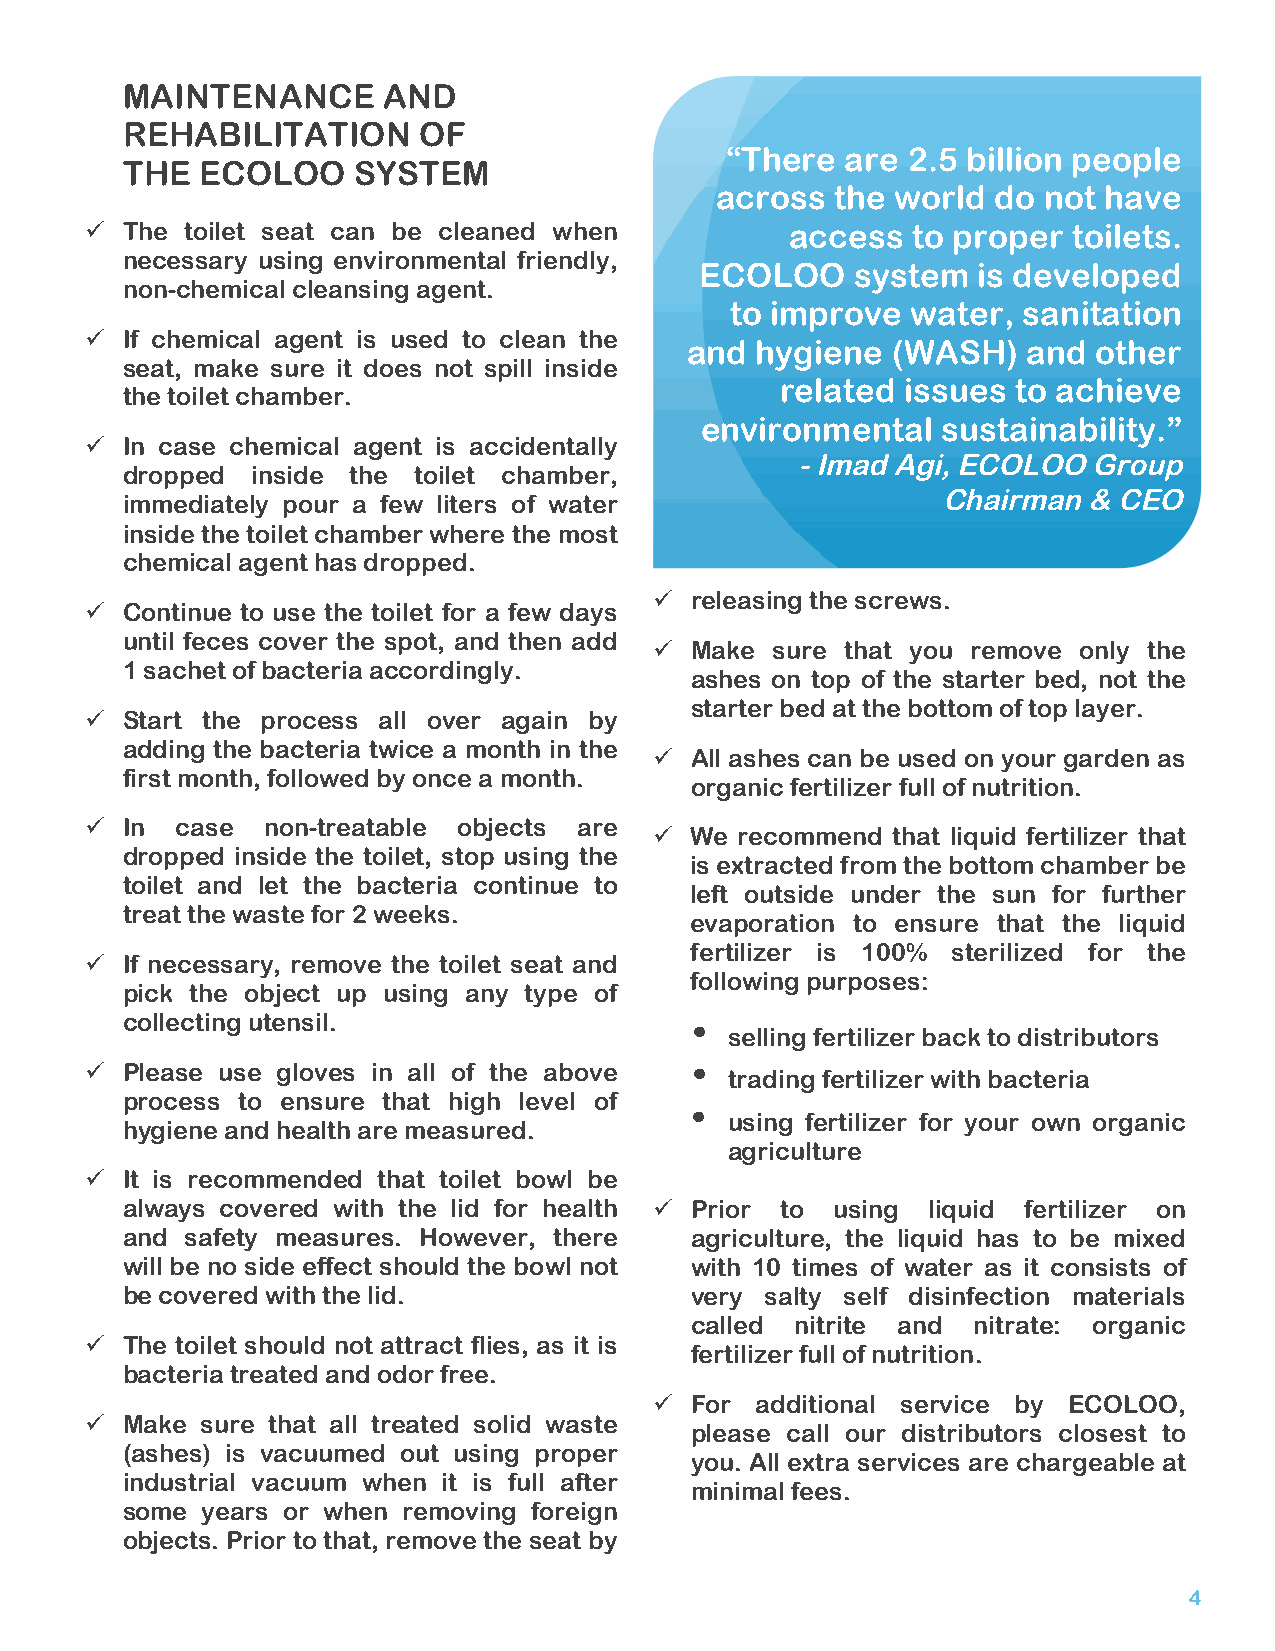
2
 MAINTENANCE      AND
 REHABILITATION      OF
 “There  are 2.5 billion people
 THE  ECOLOO    SYSTEM
 across  the world  do not have
 ü The toilet seat can be cleaned when        access  to proper  toilets.
 necessary using environmental friendly,
 ECOLOO     system  is developed
 non-chemical cleansing agent.
 to improve  water,  sanitation
 ü If chemical agent is used to clean the
 and  hygiene  (WASH)   and  other
 seat, make sure it does not spill inside
 related issues to achieve
 the toilet chamber.
 environmental   sustainability.”
 ü In case chemical agent is accidentally
 - Imad Agi, ECOLOO Group
 dropped  inside the toilet chamber,
 Chairman  & CEO
 immediately pour a few liters of water
 inside the toilet chamber where the most
 chemical agent has dropped.
 ü releasing the screws.
 ü Continue to use the toilet for a few days
 until feces cover the spot, and then add
 ü Make sure that you remove only the
 1 sachet of bacteria accordingly.
 ashes on top of the starter bed, not the
 starter bed at the bottom of top layer.
 ü Start the process all over again by
 adding the bacteria twice a month in the
 ü All ashes can be used on your garden as
 first month, followed by once a month.
 organic fertilizer full of nutrition.
 ü In case non-treatable objects are
 ü We recommend that liquid fertilizer that
 dropped inside the toilet, stop using the
 is extracted from the bottom chamber be
 toilet and let the bacteria continue to
 left outside under the sun for further
 treat the waste for 2 weeks.
 evaporation to ensure that the liquid
 fertilizer is 100% sterilized for the
 ü If necessary, remove the toilet seat and
 following purposes:
 pick the object up using any type of
 collecting utensil.
 •
 selling fertilizer back to distributors
 ü Please use gloves in all of the above •
 trading fertilizer with bacteria
 process to ensure that high level of
 •
 using fertilizer for your own organic
 hygiene and health are measured.
 agriculture
 ü It is recommended that toilet bowl be
 always covered with the lid for health ü Prior to using liquid fertilizer on
 and safety measures. However, there   agriculture, the liquid has to be mixed
 will be no side effect should the bowl not with 10 times of water as it consists of
 be covered with the lid.              very salty self disinfection materials
 called nitrite and nitrate: organic
 ü The toilet should not attract flies, as it is
 fertilizer full of nutrition.
 bacteria treated and odor free.
 ü For additional service by ECOLOO,
 ü Make sure that all treated solid waste
 please call our distributors closest to
 (ashes) is vacuumed out using proper
 you. All extra services are chargeable at
 industrial vacuum when it is full after
 minimal fees.
 some years or when removing foreign
 objects. Prior to that, remove the seat by
 4